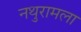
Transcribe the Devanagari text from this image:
नथुरामला